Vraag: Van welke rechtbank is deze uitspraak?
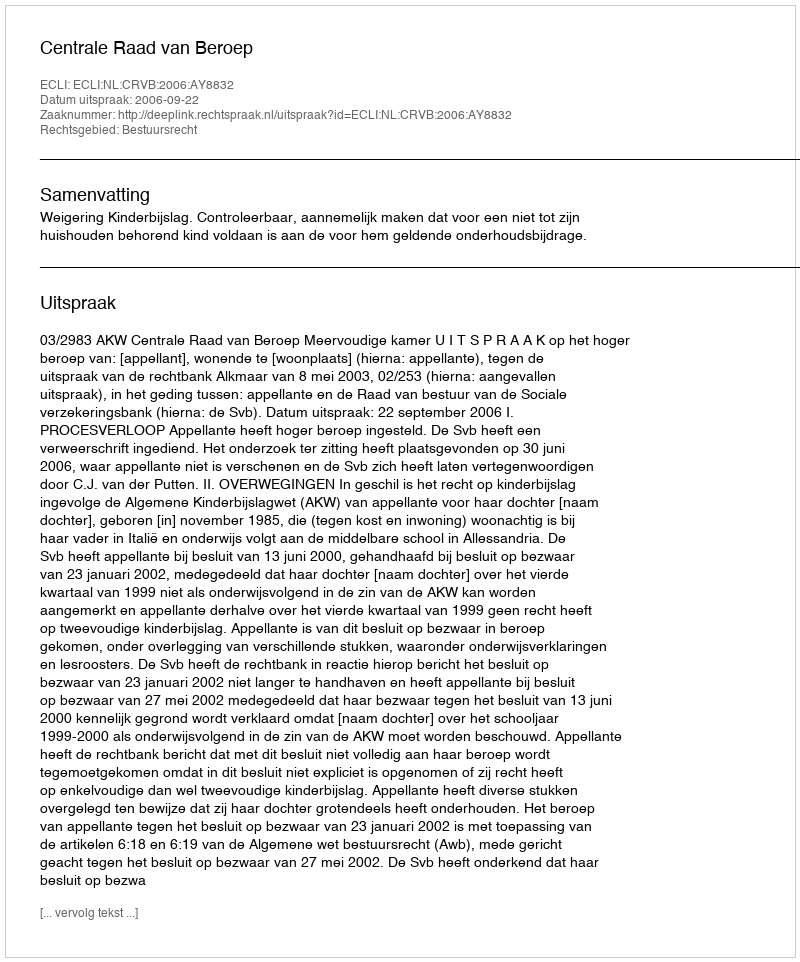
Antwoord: Centrale Raad van Beroep